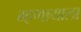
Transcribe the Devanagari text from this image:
म्हणायाला